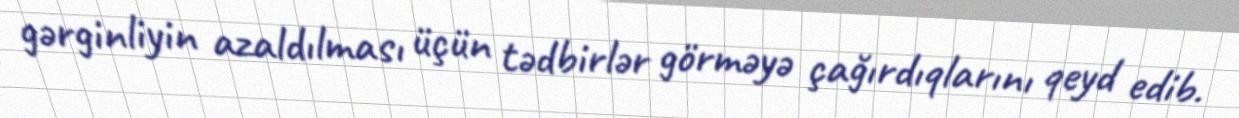
gərginliyin azaldılması üçün tədbirlər görməyə çağırdıqlarını qeyd edib.